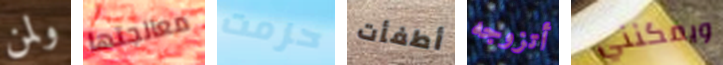
ولمن معالجتها حزمت أطفأت أتزوجه ويمكنني